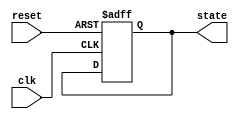
module PreConfiguredStateInit (
    input wire reset,      // Active-high reset signal
    input wire clk,        // Clock signal
    output reg [3:0] state // State output (4-bit for example)
);

// Define the pre-configured state
localparam PRE_CONFIGURED_STATE = 4'b0001; // Example state

// Synchronous process for state initialization and transition
always @(posedge clk or posedge reset) begin
    if (reset) begin
        // Initialize state to pre-configured state on reset
        state <= PRE_CONFIGURED_STATE;
    end
    else begin
        // Normal operation: state transition logic goes here
        // For now, we'll just hold the state (to be defined later)
        // Example: state <= next_state; // where next_state is defined elsewhere
    end
end

endmodule